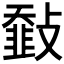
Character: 𩐅